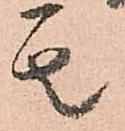
其